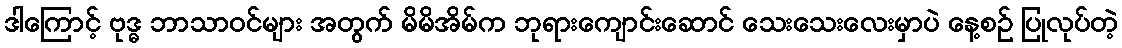
ဒါကြောင့် ဗုဒ္ဓ ဘာသာဝင်များ အတွက် မိမိအိမ်က ဘုရားကျောင်းဆောင် သေးသေးလေးမှာပဲ နေ့စဉ် ပြုလုပ်တဲ့